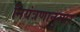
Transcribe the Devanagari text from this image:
नियंत्रणानुसार